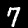
Digit: 7